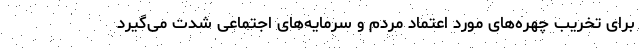
برای تخریب چهره‌های مورد اعتماد مردم و سرمایه‌های اجتماعی شدت می‌گیرد